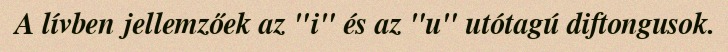
A lívben jellemzőek az "i" és az "u" utótagú diftongusok.